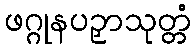
ဖဂ္ဂုနပဉှာသုတ္တံ